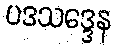
ပဒသဒ္ဒေန